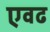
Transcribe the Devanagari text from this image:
एवढ